Report on vaccination in Madras 1877-1894 - 1877-1894
Year: 1877
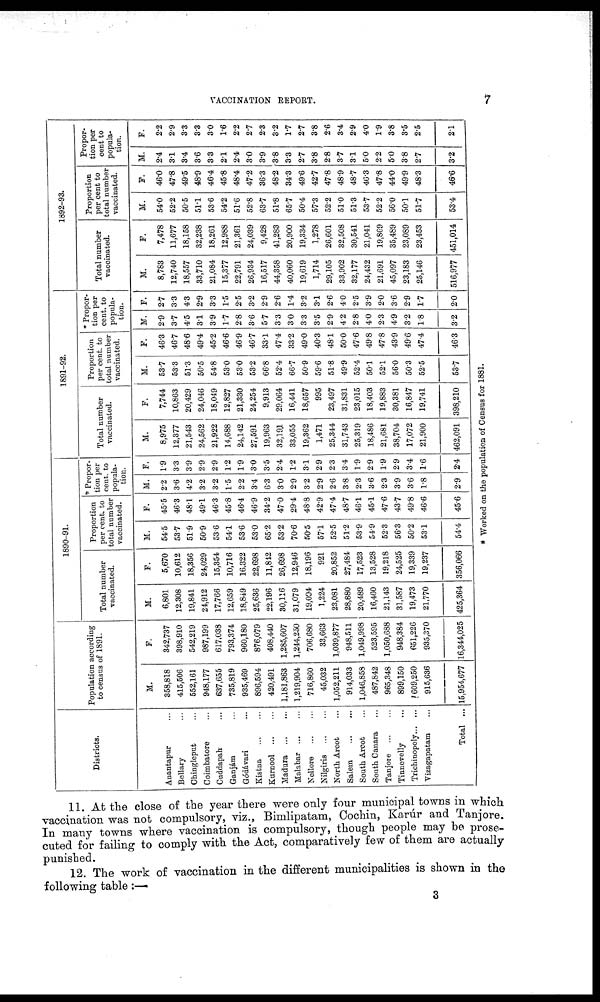
VACCINATION REPORT.
7
Districts.
Anantapur ...
Bellary ...
Chingleput ...
Coimbatore ...
Cuddapah ...
Ganjám ...
Gódávari ...
Kistna
...
...
Kurnool
...
...
Madura
...
...
Malabar
...
...
Nellore
...
...
Nilgiris
...
...
North Arcot ...
Salem
...
...
South Arcot ...
South Canara ...
Tanjore
...
...
Tinnevelly ...
Trichinopoly ... ...
Vizagapatam ...
Total ...
Population according
to census of 1891.
M.
358,818
415,506
552,161
948,177
637,655
735,819
935,469
896,594
420,491
1,181,863
1,219,904
716,860
45,032
1,052,211
914,033
1,046,858
487,842
965,348
899,150
609,250
915,636
15,954,677
F.
342,737
398,910
542,219
987,199
617,038
793,374
960,180
876,079
408,440
1,285,607
1,244,250
706,680
33,663
1,039,877
948,511
1,049,998
523,595
1,050,688
948,384
651,226
935,370
16,344,025
1890-91.
Total number
vaccinated.
M.
6,801
12,308
19,841
24,912
17,766
12,659
18,849
25,636
22,196
30,116
31,079
19,004
1,224
23,081
28,880
20,489
16,460
21,143
31,587
19,473
21,770
425,364
F.
5,670
10,612
18,356
24,029
15,354
10,716
16.322
22,698
11,842
26,698
12,946
18,196
921
20,852
27,484
17,523
13,528
19,218
24,525
19,339
19,237
356,066
Proportion
per cent. to
total number
vaccinated.
M.
54.5
53.7
51.9
50.9
53.6
54.1
53.6
53.0
65.2
53.2
70.6
50.5
57.1
52.5
51.2
53.9
54.9
52.3
56.3
50.2
53.1
54.4
F.
45.5
46.3
48.1
49.1
46.3
45.8
46.4
46.9
34.2
47.0
29.4
48.8
42.9
47.4
48.7
46.1
45.1
47.6
43.7
49.8
46.6
45.6
* Propor-
tion per
cent. to
popula-
tion.
M.
2.2
3.6
4.2
3.2
3.2
1.5
2.2
3.4
6.3
3.0
2.9
3.2
2.9
2.6
3.8
2.3
3.6
2.3
3.9
3.6
1.8
2.9
F.
1.9
3.3
3.9
2.9
2.9
1.2
1.9
3.0
3.5
2.4
1.2
3.1
2.9
2.3
3.4
1.9
2.9
1.9
2.9
3.4
1.6
2.4
1891-92.
Total number
vaccinated.
M.
8,975
12,377
21,543
24,562
21,922
14,688
24,142
27,591
19,963
32,191
33,055
19,362
1,471
25,344
31,743
25,319
18,486
21,681
38,704
17,072
21,900
462,091
F.
7,744
10,863
20,429
24,046
18,049
12,827
21,330
24,254
9,913
29,064
16,441
18,657
995
23,497
31,831
23,015
18,403
19,883
30,381
16,847
19,741
398,210
Proportion
per cent. to
total number
vaccinated.
M.
53.7
53.3
51.3
50.5
54.8
53.0
53.0
53.2
66.8
52.4
66.7
50.9
59.6
51.8
49.9
52.4
50.1
52.1
56.0
50.3
52.5
53.7
F.
46.3
46.7
48.6
49.4
45.2
46.6
46.9
46.7
33.1
47.4
33.2
49.0
40.3
48.1
50.0
47.6
49.8
47.8
43.9
49.6
47.4
46.3
* Propor-
tion per
cent. to
popula-
tion.
M.
2.9
3.7
4.5
3.1
3.9
1.7
2.8
3.6
5.7
3.3
3.0
3.3
3.5
2.9
4.2
2.8
4.0
2.3
4.9
3.2
1.8
3.2
F.
2.7
3.3
4.3
2.9
3.3
1.5
2.5
3.2
2.9
2.6
1.4
3.2
3.1
2.6
4.0
2.5
3.9
2.0
3.6
2.9
1.7
2.0
1892-93.
Total number
vaccinated.
M.
8,783
12,740
18,557
33,710
21,084
15,377
22,791
26,934
16,517
44,358
40,060
19,619
1,714
29,105
33,902
32,177
24,432
21,691
45,097
23,183
25,146
516,977
F.
7,478
11,677
18,158
32,238
18,261
12,988
21,361
24,039
9,428
41,283
20,900
19,334
1,278
26,601
32,508
30,541
21,041
19,869
35,489
23,089
23,453
451,014
Proportion
per cent to
total number
vaccinated.
M.
54.0
52.2
50.5
51.1
53.6
54.2
51.6
52.8
63.7
51.8
65.7
50.4
57.3
52.2
51.0
51.3
53.7
52.2
56.0
50.1
51.7
53.4
F.
46.0
47.8
49.5
48.9
46.4
45.8
48.4
47.2
36.3
48.2
34.3
49.6
42.7
47.8
48.9
48.7
46.3
47.8
44.0
49.9
48.3
46.6
Propor-
tion per
cent to
popula-
tion.
M.
2.4
3.1
3.4
3.6
3.8
2.1
2.4
3.0
3.9
3.8
3.3
2.7
3.8
2.8
3.7
3.1
5.0
2.2
5.0
3.8
2.7
3.2
F.
2.2
2.9
3.3
3.3
3.0
1.6
2.2
2.7
2.3
3.2
1.7
2.7
3.8
2.6
3.4
2.9
4.0
1.9
3.8
3.5
2.5
2.1
11. At the close of the year there were only four municipal towns in which
vaccination was not compulsory, viz., Bimlipatam, Cochin, Karúr and Tanjore.
In many towns where vaccination is compulsory, though people may be prose-
cuted for failing to comply with the Act, comparatively few of them are actually
punished.
12. The work of vaccination in the different municipalities is shown in the
following table :—
3